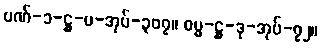
ပဏ်-၁-ဋ္ဌ-ပ-အုပ်-၃၀၇။ ဓမ္မ-ဋ္ဌ-ဒု-အုပ်-၇၂။